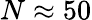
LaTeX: N\approx 50